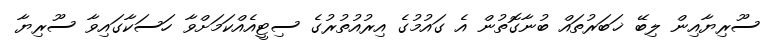
ސޫރިޔާއިން ލިބޭ ޚަބަރުތައް ބުނާގޮތުން އެ ގައުމުގެ އިރުއުތުރުގެ ސިޓީއެއްކަމަށްވާ ހަސަކާގައިވާ ސޫރިޔާ